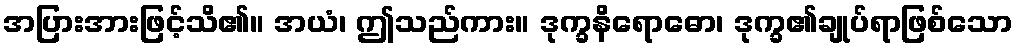
အပြားအားဖြင့်သိ၏။ အယံ၊ ဤသည်ကား။ ဒုက္ခနိရောဓော၊ ဒုက္ခ၏ချုပ်ရာဖြစ်သော